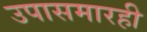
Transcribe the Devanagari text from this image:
उपासमारही